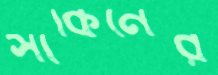
সাকিনের